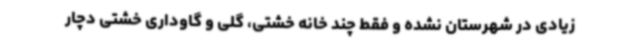
زیادی در شهرستان نشده و فقط چند خانه خشتی، گلی و گاوداری خشتی دچار